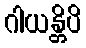
ဂါယန္တိပိ